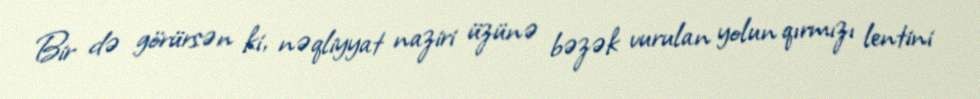
Bir də görürsən ki, nəqliyyat naziri üzünə bəzək vurulan yolun qırmızı lentini